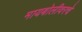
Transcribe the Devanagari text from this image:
मायबोलीवरचे